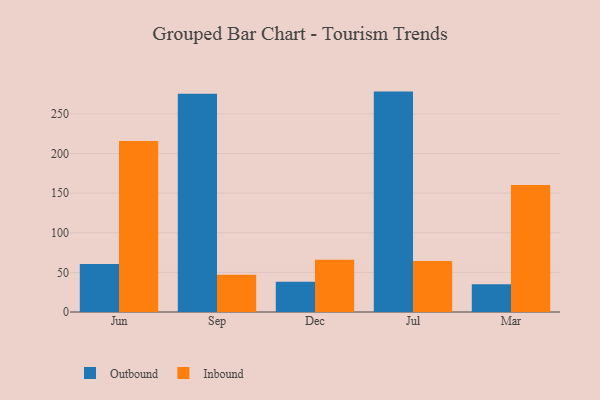
{"axis": {"x": "Month", "y": "Temperature (°C)"}, "legend": ["Inbound", "Outbound"], "data": [{"x": "Jun", "y": 60.5, "type": "Outbound"}, {"x": "Jun", "y": 215.8, "type": "Inbound"}, {"x": "Sep", "y": 275.3, "type": "Outbound"}, {"x": "Sep", "y": 47.0, "type": "Inbound"}, {"x": "Dec", "y": 38.2, "type": "Outbound"}, {"x": "Dec", "y": 66.0, "type": "Inbound"}, {"x": "Jul", "y": 278.1, "type": "Outbound"}, {"x": "Jul", "y": 64.5, "type": "Inbound"}, {"x": "Mar", "y": 35.1, "type": "Outbound"}, {"x": "Mar", "y": 160.4, "type": "Inbound"}]}